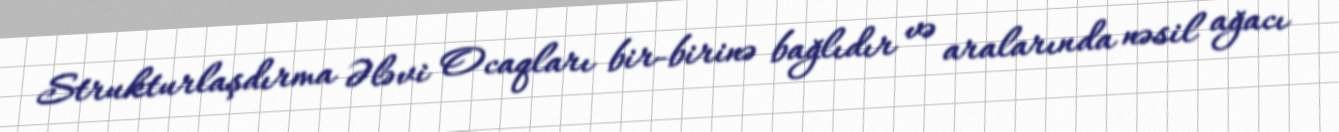
Strukturlaşdırma Ələvi Ocaqları bir-birinə bağlıdır və aralarında nəsil ağacı